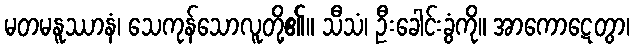
မတမနူဿာနံ၊ သေကုန်သောလူတို့၏။ သီသံ၊ ဦးခေါင်းခွံကို။ အာကောဋေတွာ၊